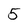
Character: 5